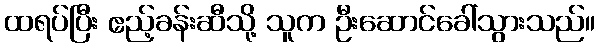
ထရပ်ပြီး ဧည့်ခန်းဆီသို့ သူက ဦးဆောင်ခေါ်သွားသည်။